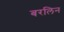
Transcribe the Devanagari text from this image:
बरलिन